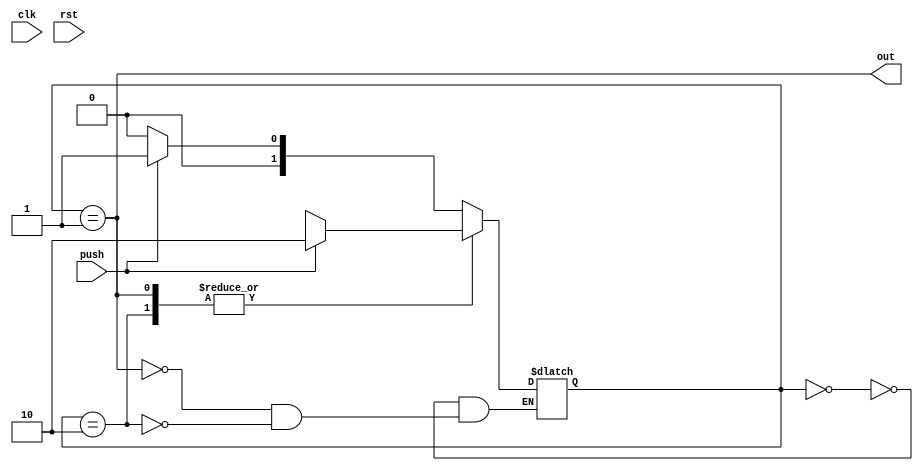
module rising_edge_detector(input clk, rst, push, output out);


parameter untouched=2'b00;
parameter pressed=2'b01;
parameter still_pressed=2'b10;

reg [1:0]state;
reg [1:0]next_state;


always @ * begin
case(state)
untouched:
if(push==0)
begin
next_state=untouched;
end
else
begin
next_state=pressed;
end
pressed:
if(push==0)
begin
next_state=released;
end
else
begin
next_state=still_pressed;
end
still_pressed: 
if(push==0)
begin
next_state=released;
end
else
begin
next_state=still_pressed;
end
endcase
end



always @ * begin
state=next_state;
end

assign out=(state==pressed);

endmodule